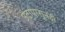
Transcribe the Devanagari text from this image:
उंटापासूनही